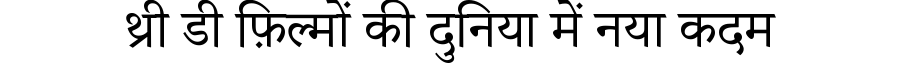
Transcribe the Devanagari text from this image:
थ्री डी फ़िल्मों की दुनिया में नया कदम